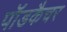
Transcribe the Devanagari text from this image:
पॉडकैचर